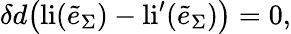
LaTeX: \delta d\big(\mathrm{li}(\tilde{e}_{\Sigma})-\mathrm{li}^{\prime}(\tilde{e}_{\Sigma})\big)=0,